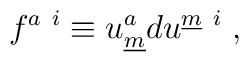
f^{a~i} \equiv u^{a}_{\underline m} d u^{\underline m~i}\; ,